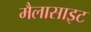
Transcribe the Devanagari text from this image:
मैलासाइट